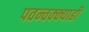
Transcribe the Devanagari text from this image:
पवन्चक्क्याही